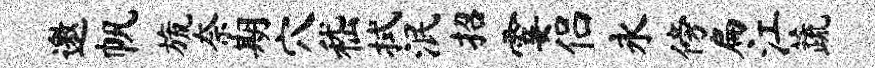
邀帆旒奈期穴嵇拭泯招霎侣永傍扁江蔬